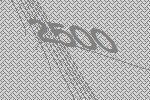
2500